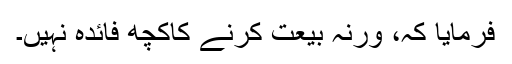
فرمایا کہ، ورنہ بیعت کرنے کاکچھ فائدہ نہیں۔